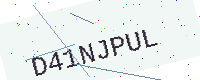
Text: D41NJPUL